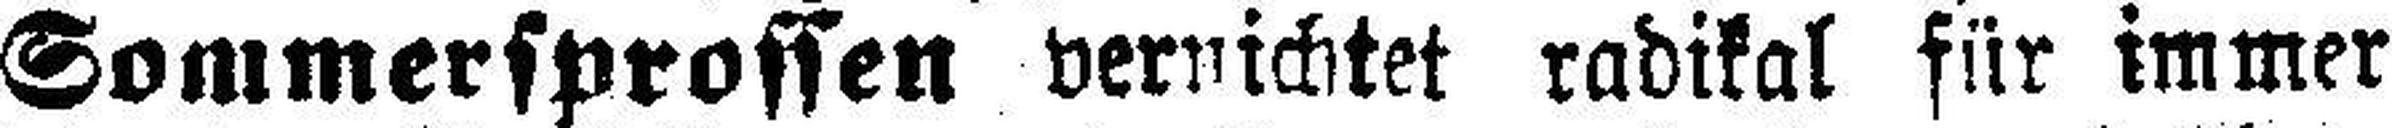
Sommersprossen vernichtet radikal für immer